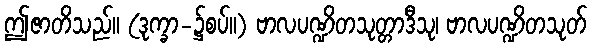
ဤဇာတိသည်။ (ဒုက္ခာ-၌စပ်။) ဗာလပဏ္ဍိတသုတ္တာဒီသု၊ ဗာလပဏ္ဍိတသုတ်